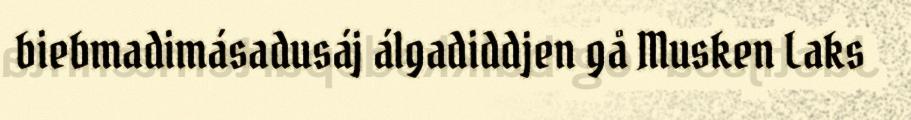
biebmadimásadusáj álgadiddjen gå Musken Laks